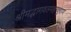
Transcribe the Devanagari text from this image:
श्रीमद्भागवतमहापुराण